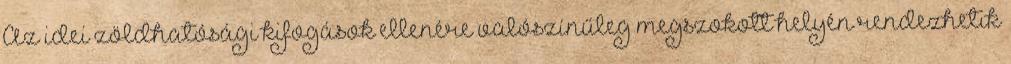
Az idei zöldhatósági kifogások ellenére valószínűleg megszokott helyén rendezhetik